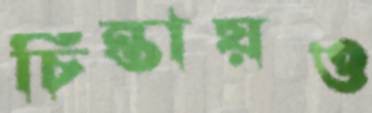
চিন্তায়ও